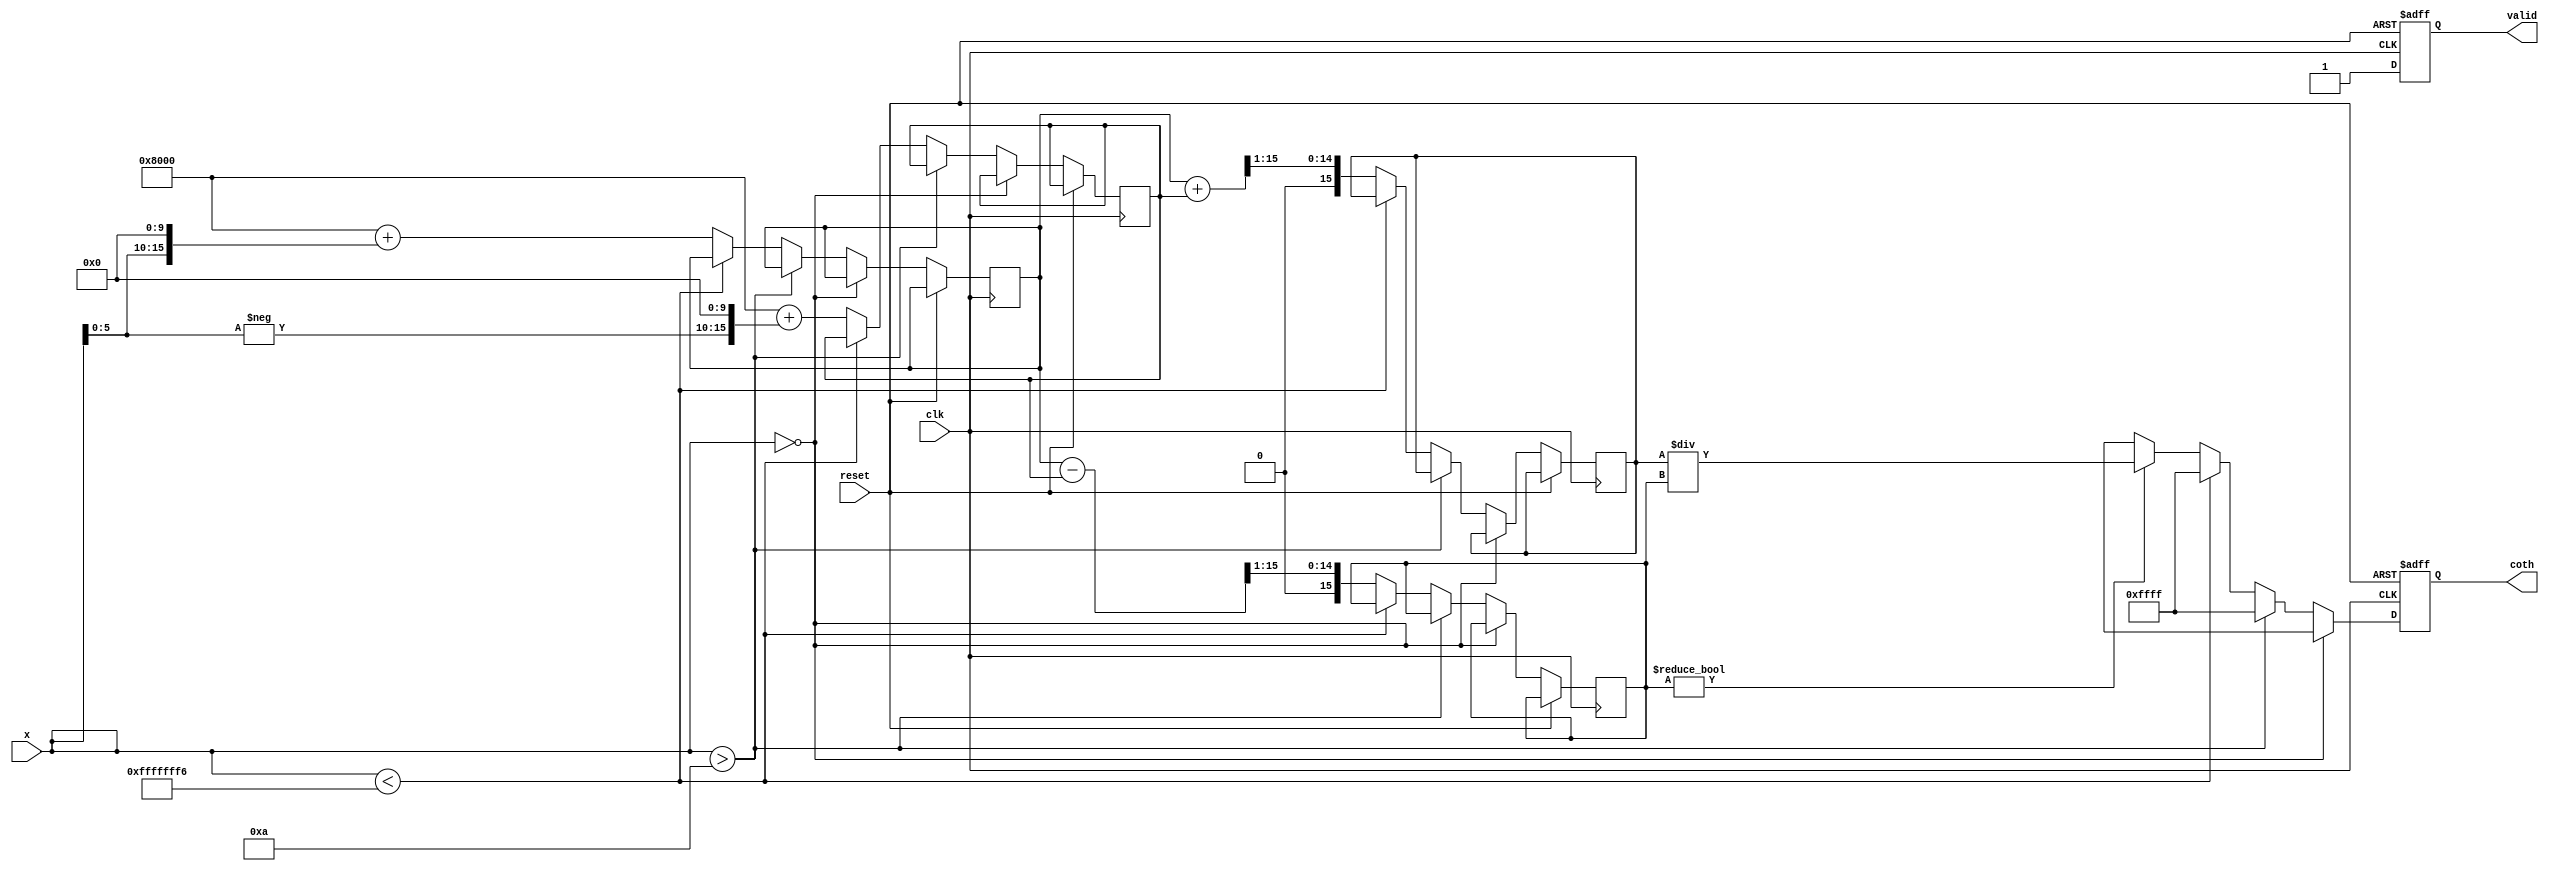
module hyperbolic_cotangent #(
    parameter N = 16, // Input width
    parameter M = 16  // Output width
)(
    input wire clk,
    input wire reset,
    input wire [N-1:0] x, // Input value
    output reg [M-1:0] coth, // Output value
    output reg valid // Output valid signal
);

    reg [N-1:0] exp_x;
    reg [N-1:0] exp_neg_x;
    reg [N-1:0] cosh_x;
    reg [N-1:0] sinh_x;
    reg [N-1:0] numerator;
    reg [N-1:0] denominator;

    // Look-up table for e^x and e^(-x) approximation
    function [N-1:0] exp_approx(input [N-1:0] val);
        begin
            // Simple exponential approximation (can be improved)
            exp_approx = (1 << 15) + (val << 10); // Placeholder for e^x
        end
    endfunction

    always @(posedge clk or posedge reset) begin
        if (reset) begin
            coth <= 0;
            valid <= 0;
        end else begin
            // Handle special cases
            if (x == 0) begin
                coth <= {M{1'bx}}; // Undefined for coth(0)
                valid <= 1;
            end else if (x > 10) begin
                coth <= {M{1'b1}}; // coth(x) -> 1 for large positive x
                valid <= 1;
            end else if (x < -10) begin
                coth <= {M{1'b1}}; // coth(x) -> -1 for large negative x
                valid <= 1;
            end else begin
                // Calculate e^x and e^(-x)
                exp_x <= exp_approx(x);
                exp_neg_x <= exp_approx(-x);
                
                // Calculate cosh(x) and sinh(x)
                cosh_x <= (exp_x + exp_neg_x) >> 1;
                sinh_x <= (exp_x - exp_neg_x) >> 1;

                // Calculate coth(x) = cosh(x) / sinh(x)
                if (sinh_x != 0) begin
                    coth <= cosh_x / sinh_x; // Division
                end else begin
                    coth <= {M{1'bx}}; // Undefined for sinh(x) = 0
                end
                valid <= 1;
            end
        end
    end
endmodule